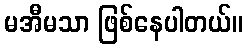
မအီမသာ ဖြစ်နေပါတယ်။